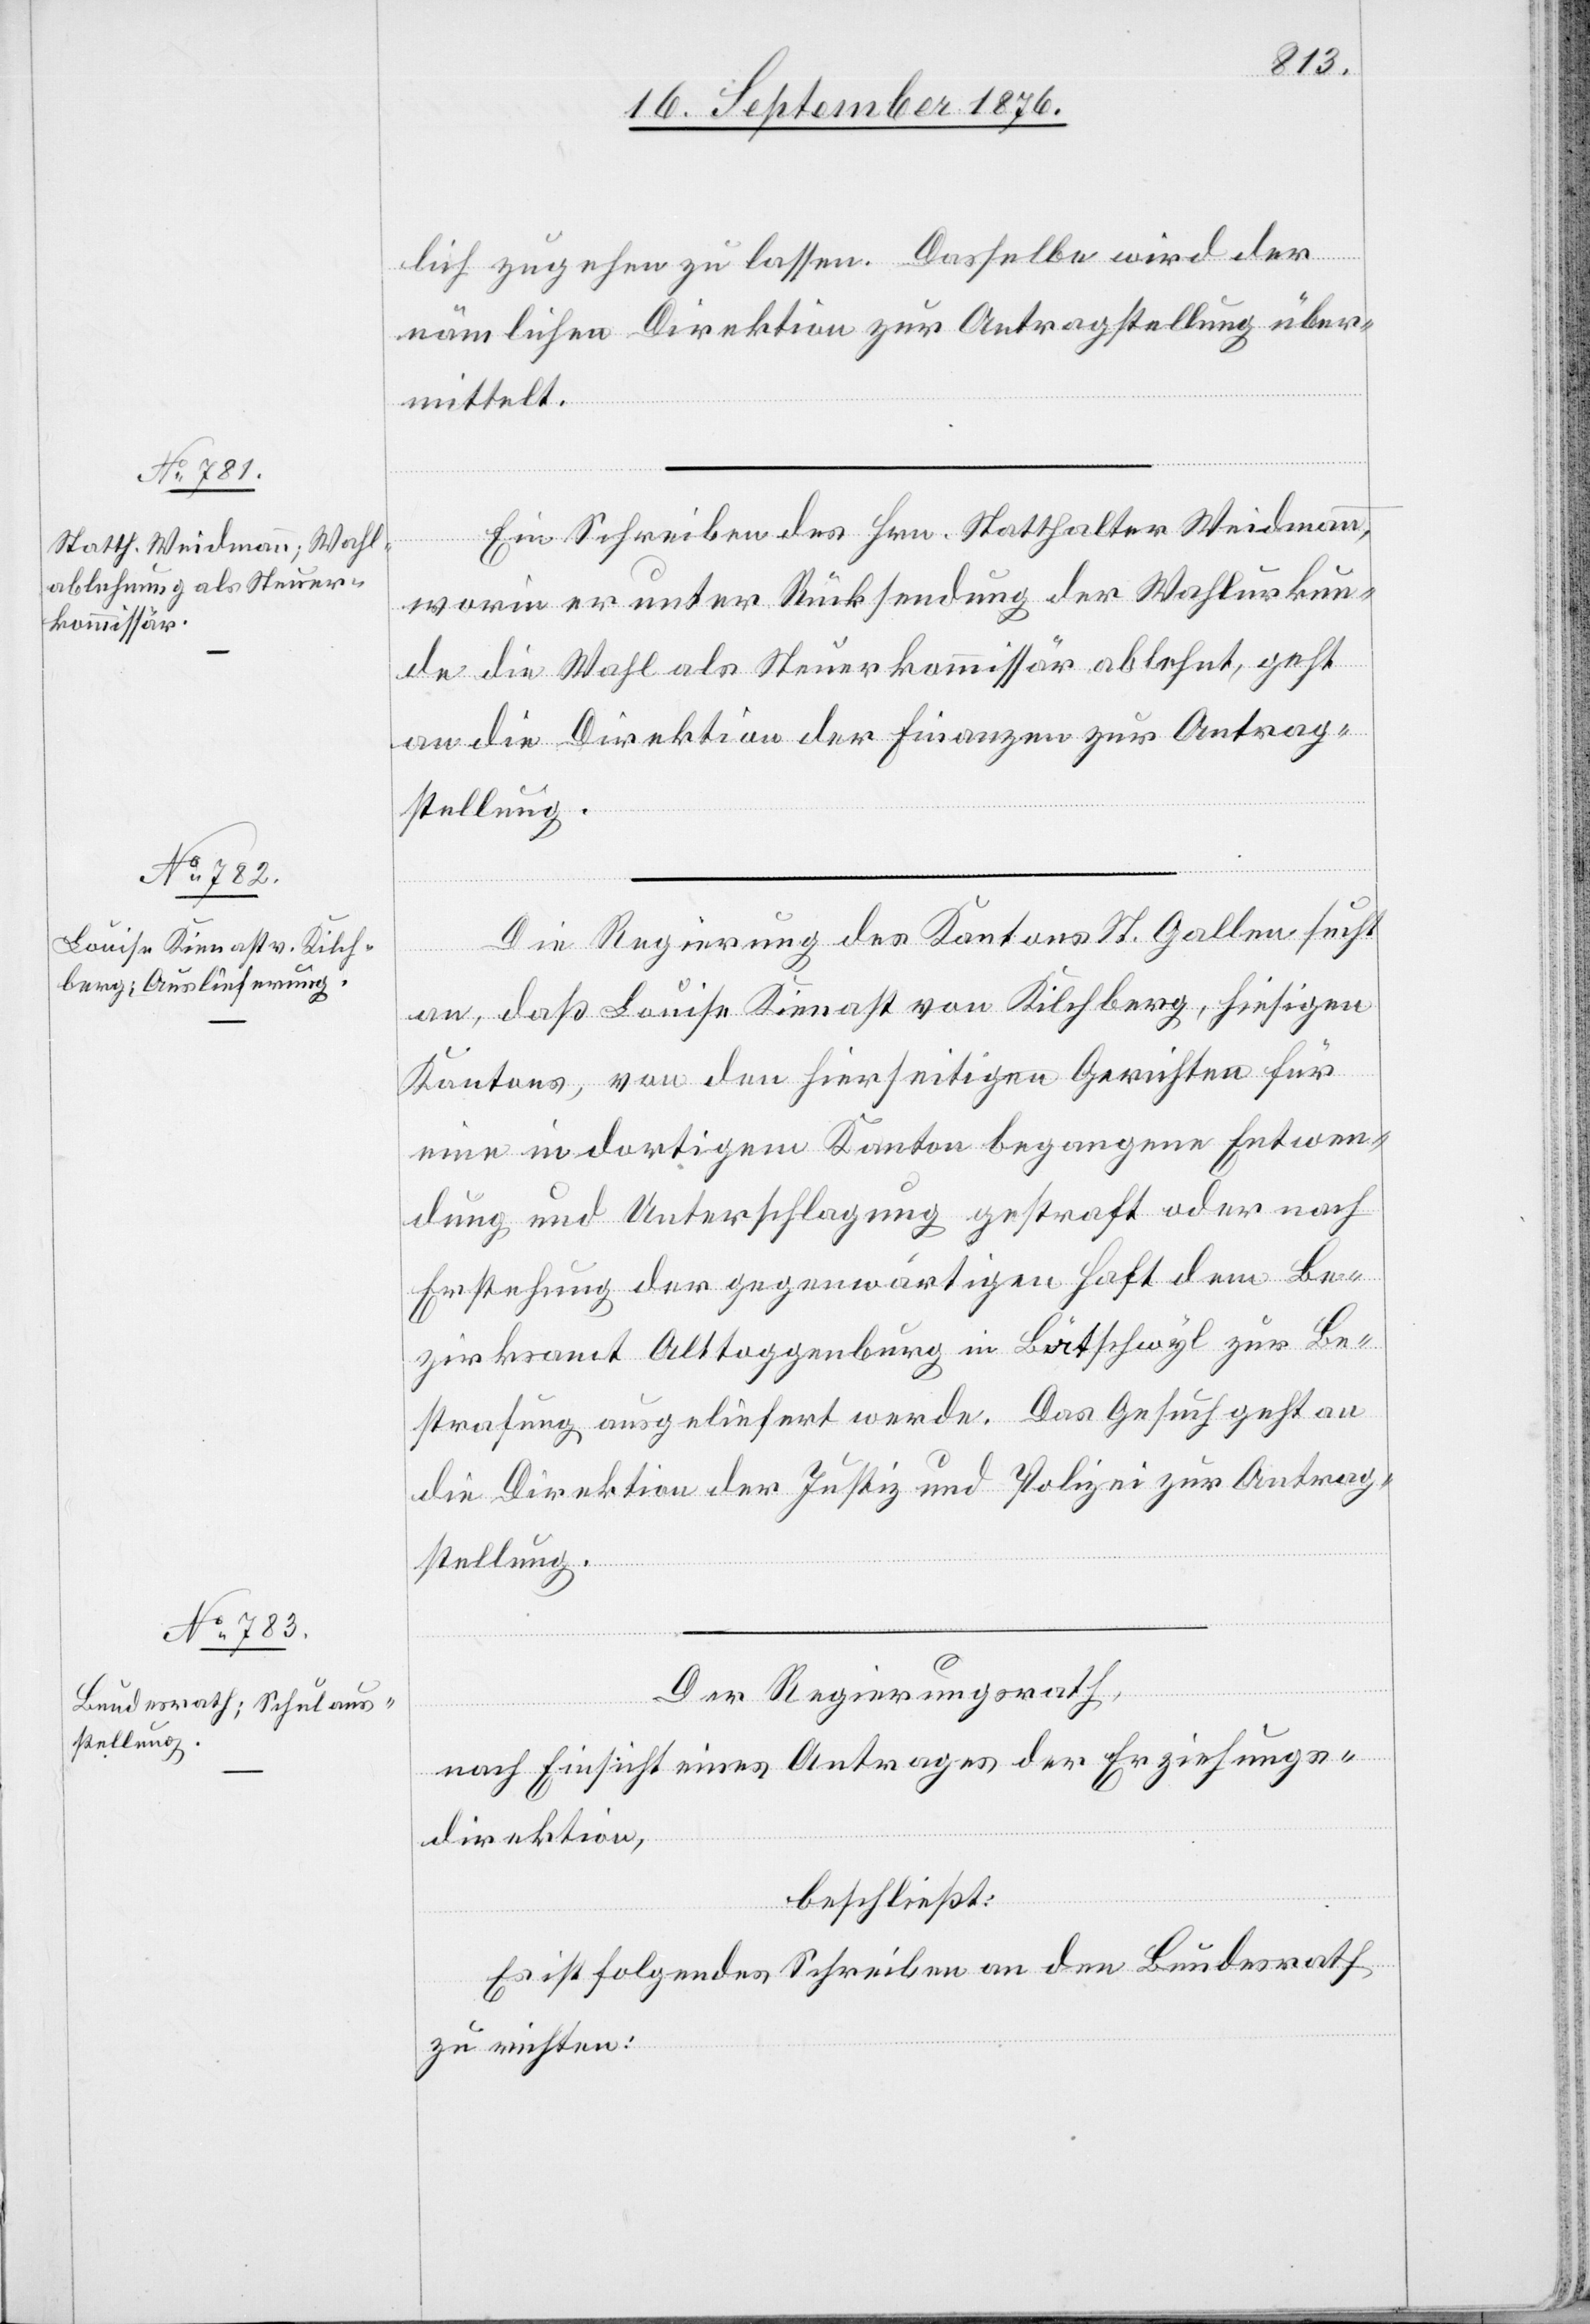
ung.
18. September 1876.]
lich zugehen zu lassen. Dasselbe wird der
nämlichen Direktion zur Antragstellung über¬
mittelt.
Ein Schreiben des Hrn. Statthalter Weidmann,
worin er unter Rücksendung der Wahlurkun¬
de die Wahl als Steuerkommissär ablehnt, geht
an die Direktion der Finanzen zur Antrag¬
stellung.
Die Regierung des Kantons St. Gallen sucht
an, daß Louise Kienast von Kilchberg, hiesigen
Kantons, von den hierseitigen Gerichten für
eine in dortigem Kanton begangene Entwen¬
dung und Unterschlagung gestraft oder nach
Erstehung der gegenwärtigen Haft dem Be¬
zirksamt Alttoggenburg in Bütschwyl zur Be¬
strafung ausgeliefert werde. Das Gesuch geht an
die Direktion der Justiz und Polizei zur Anstreng¬
Der Regierungsrath,
nach Einsicht eines Antrages der Erziehungs¬
direktion,
beschließt:
Es ist folgendes Schreiben an den Bundesrath
zu richten: